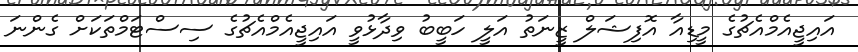
އައިޖީއެމްއެޗުގެ މީޑިއާ އޮފިޝަލް ޒީނަތު އަލީ ހަބީބު ވިދާޅުވީ އައިޖީއެމްއެޗުގެ ސިސްޓަމްތަކަށް ގެންނަ